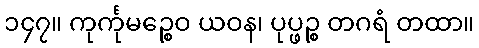
၁၄၇။ ကုင်္ကုမဉ္စေဝ ယဝန၊ ပုပ္ဖဉ္စ တဂရံ တထာ။